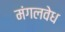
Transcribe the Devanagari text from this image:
मंगलवेध